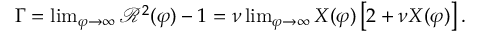
\begin{array} { r } { \Gamma = \operatorname* { l i m } _ { \varphi \to \infty } \mathcal { R } ^ { 2 } ( \varphi ) - 1 = \nu \operatorname* { l i m } _ { \varphi \to \infty } X ( \varphi ) \left[ 2 + \nu X ( \varphi ) \right] . } \end{array}